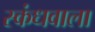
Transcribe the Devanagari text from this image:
स्कंधवाला